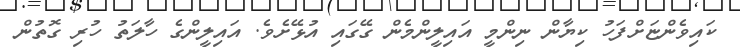
ކައިވެންޏަށްފަހު ކިޔާން ނިންމީ އައިލީންމެން ގޭގައި އުޅޭށެވެ. އައިލީންގެ ހާލަތު ހުރި ގޮތުން